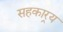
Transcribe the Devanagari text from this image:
सहकार्‍य